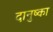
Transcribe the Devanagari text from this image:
दानुष्का